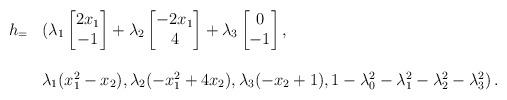
LaTeX: \begin{align*}\begin{array}{rl}h_=&(\lambda_1\begin{bmatrix}2x_1\\-1\end{bmatrix}+\lambda_2\begin{bmatrix}-2x_1\\4\end{bmatrix}+\lambda_3\begin{bmatrix}0\\-1\end{bmatrix},\\\\&\lambda_1(x_1^2-x_2),\lambda_2 (-x_1^2+4x_2),\lambda_3(-x_2+1),1-\lambda_0^2-\lambda_1^2-\lambda_2^2-\lambda_3^2)\,.\end{array}\end{align*}